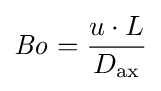
{\mathit {Bo}}={\frac {u\cdot L}{D_{\mathrm {ax} }}}